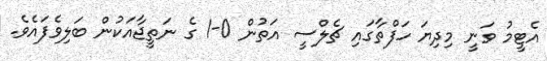
އެޓީމު ވަނީ މިދިޔަ ހަފްތާގައި ޗެލްސީ އަތުން 0-1 ގެ ނަތީޖާއަކުން ބަލިވެފައެވެ.